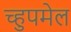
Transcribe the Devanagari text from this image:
च्हुपमेल